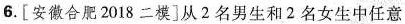
6.[安徽合肥2018二模]从2名男生和2名女生中任意